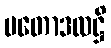
ပတောဒလဋ္ဌိ